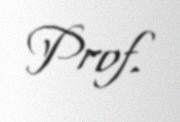
Prof.